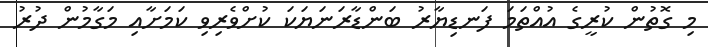
މި ގޮތުން ކުރީގެ އުއްތަމަ ފަނޑިޔާރު ބަންޑާރަނަޔަކަ ކުށްވެރިވި ކަމަށާއި މަގާމުން ދުރު